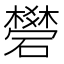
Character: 𥖯